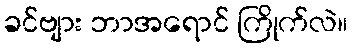
ခင်ဗျား ဘာအရောင် ကြိုက်လဲ။